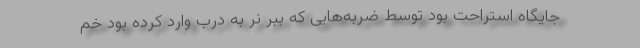
جایگاه استراحت بود توسط ضربه‌هایی که ببر نر به درب وارد کرده بود خم